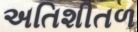
અતિશીતળ